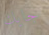
جايك